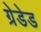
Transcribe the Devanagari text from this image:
ग्रेडेड